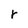
Character: r